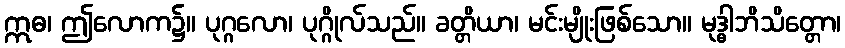
ဣဓ၊ ဤလောက၌။ ပုဂ္ဂလော၊ ပုဂ္ဂိုလ်သည်။ ခတ္တိယာ၊ မင်းမျိုးဖြစ်သော။ မုဒ္ဓါဘိသိတ္တော၊